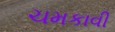
ચમકાવી